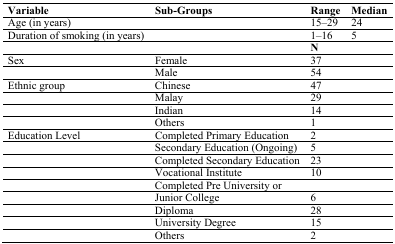
<table><thead><tr><td><b>Variable</b></td><td><b>Sub-Groups</b></td><td><b>Range</b></td><td><b>Median</b></td></tr></thead><tbody><tr><td>Age (in years)</td><td></td><td>15–29</td><td>24</td></tr><tr><td>Duration of smoking (in years)</td><td></td><td>1–16</td><td>5</td></tr><tr><td></td><td></td><td><b>N</b></td><td></td></tr><tr><td>Sex</td><td>Female</td><td>37</td><td></td></tr><tr><td></td><td>Male</td><td>54</td><td></td></tr><tr><td>Ethnic group</td><td>Chinese</td><td>47</td><td></td></tr><tr><td></td><td>Malay</td><td>29</td><td></td></tr><tr><td></td><td>Indian</td><td>14</td><td></td></tr><tr><td></td><td>Others </td><td>1</td><td></td></tr><tr><td>Education Level </td><td>Completed Primary Education</td><td>2</td><td></td></tr><tr><td></td><td>Secondary Education (Ongoing)</td><td>5</td><td></td></tr><tr><td></td><td>Completed Secondary Education</td><td>23</td><td></td></tr><tr><td></td><td>Vocational Institute</td><td>10</td><td></td></tr><tr><td></td><td>Completed Pre University or</td><td></td><td></td></tr><tr><td></td><td>Junior College</td><td>6</td><td></td></tr><tr><td></td><td>Diploma</td><td>28</td><td></td></tr><tr><td></td><td>University Degree</td><td>15</td><td></td></tr><tr><td></td><td>Others </td><td>2</td><td></td></tr></tbody></table>